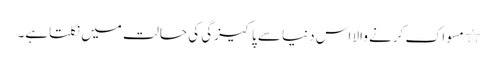
٭ مسواک کرنے والا اس دنیا سے پاکیزگی کی حالت میں نکلتاہے۔